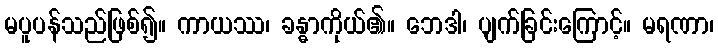
မပူပန်သည်ဖြစ်၍။ ကာယဿ၊ ခန္ဓာကိုယ်၏။ ဘေဒါ၊ ပျက်ခြင်းကြောင့်။ မရဏာ၊